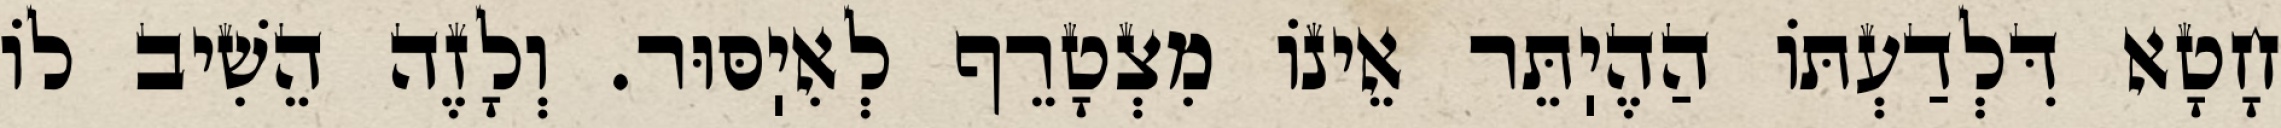
חָטָא דִּלְדַעְתּוֹ הַהֶיֽתֵּר אֵינוֹ מִצְטָרֵף לְאִיֽסּוּר. וְלָזֶה הֵשִׁיב לוֹ